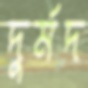
দুর্মদ